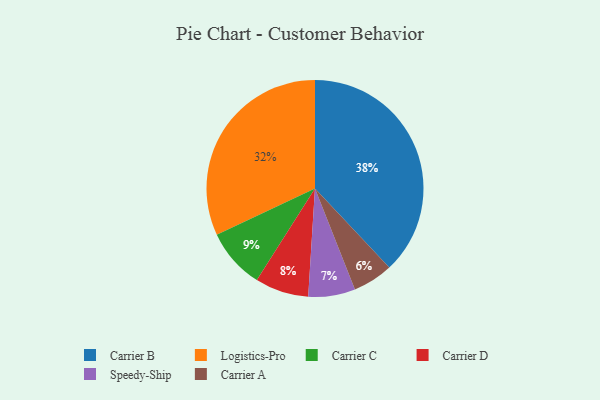
{"axis": {"x": "Category", "y": "Percentage"}, "legend": ["Carrier A", "Carrier B", "Carrier C", "Carrier D", "Logistics-Pro", "Speedy-Ship"], "data": [{"x": "Carrier B", "y": 38, "type": "Carrier B"}, {"x": "Speedy-Ship", "y": 7, "type": "Speedy-Ship"}, {"x": "Carrier C", "y": 9, "type": "Carrier C"}, {"x": "Carrier A", "y": 6, "type": "Carrier A"}, {"x": "Logistics-Pro", "y": 32, "type": "Logistics-Pro"}, {"x": "Carrier D", "y": 8, "type": "Carrier D"}]}